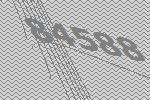
84588